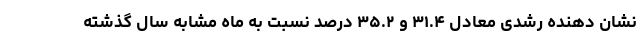
نشان دهنده رشدی معادل ۳۱.۴ و ۳۵.۲ درصد نسبت به ماه مشابه سال گذشته